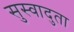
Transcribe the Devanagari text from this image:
सुस्वादुता